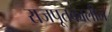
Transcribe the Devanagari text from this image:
राजपूतकालीन